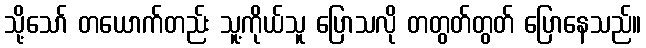
သို့သော် တယောက်တည်း သူ့ကိုယ်သူ ပြောသလို တတွတ်တွတ် ပြောနေသည်။